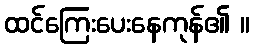
ထင်ကြေးပေးနေကုန်၏ ။